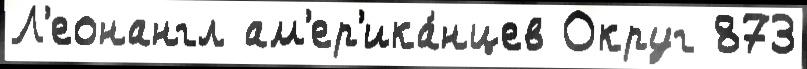
Л'еонангл ам'ер'ика́нцев Округ 873